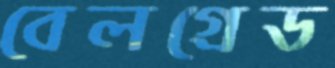
বেলগ্রেড